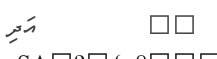
٧٤         އަދި